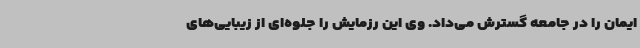
ایمان را در جامعه گسترش می‌داد. وی این رزمایش را جلوه‌ای از زیبایی‌های